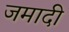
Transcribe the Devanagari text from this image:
जमादी